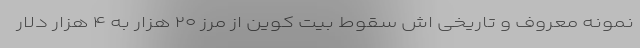
نمونه معروف و تاریخی اش سقوط بیت کوین از مرز ۲۰ هزار به ۴ هزار دلار